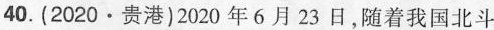
40.(2020·贵港)2020年6月23日，随着我国北斗